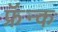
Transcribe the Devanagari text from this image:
फ्रॅन्क